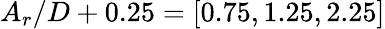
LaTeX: A_{r}/D+0.25=[0.75,1.25,2.25]